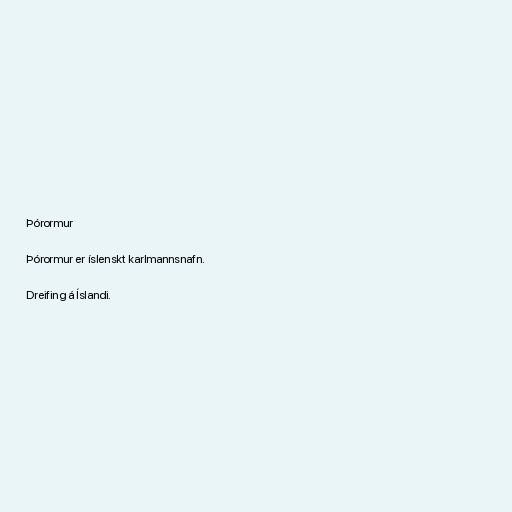
Þórormur

Þórormur er íslenskt karlmannsnafn.

Dreifing á Íslandi.